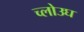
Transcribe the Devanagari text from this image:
च्लोउघ